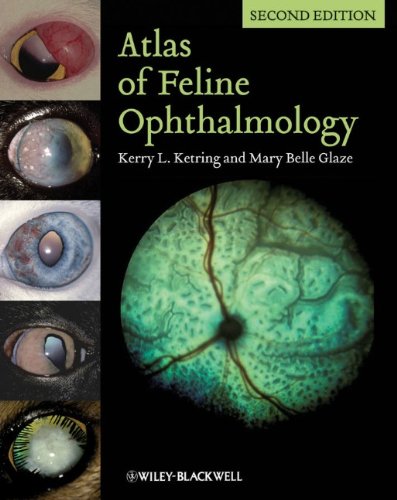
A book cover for Atlas of Feline Ophthalmology; Kerry L. Ketring; Medical Books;